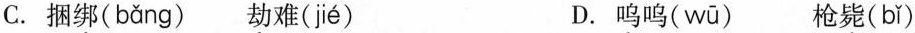
C. 捆绑( bǎng ) 劫难( jié ) D. 呜呜( wū ) 枪毙( bǐ )